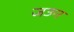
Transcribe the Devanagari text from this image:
जउन